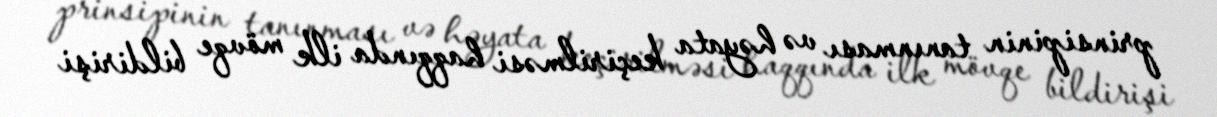
prinsipinin tanınması və həyata keçirilməsi haqqında ilk mövqe bildirişi